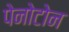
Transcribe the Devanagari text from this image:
पेनोटोन